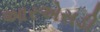
આરએસડી